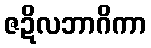
ဇဍိလဘာဂိကာ